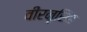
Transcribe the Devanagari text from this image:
वीरनृसिंह